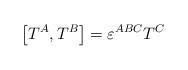
LaTeX: \begin{align*}\left[ T^A,T^B\right] =\varepsilon ^{ABC}T^C\,\, \end{align*}